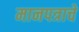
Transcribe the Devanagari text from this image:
मानपत्राचे